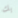
بك